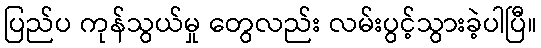
ပြည်ပ ကုန်သွယ်မှု တွေလည်း လမ်းပွင့်သွားခဲ့ပါပြီ။